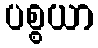
ပစ္စယာ